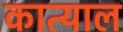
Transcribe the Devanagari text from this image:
कात्याल